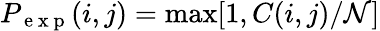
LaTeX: P_{\mathrm{~e~x~p~}}(i,j)=\operatorname*{max}[1,C(i,j)/\mathcal{N}]